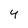
Character: 4